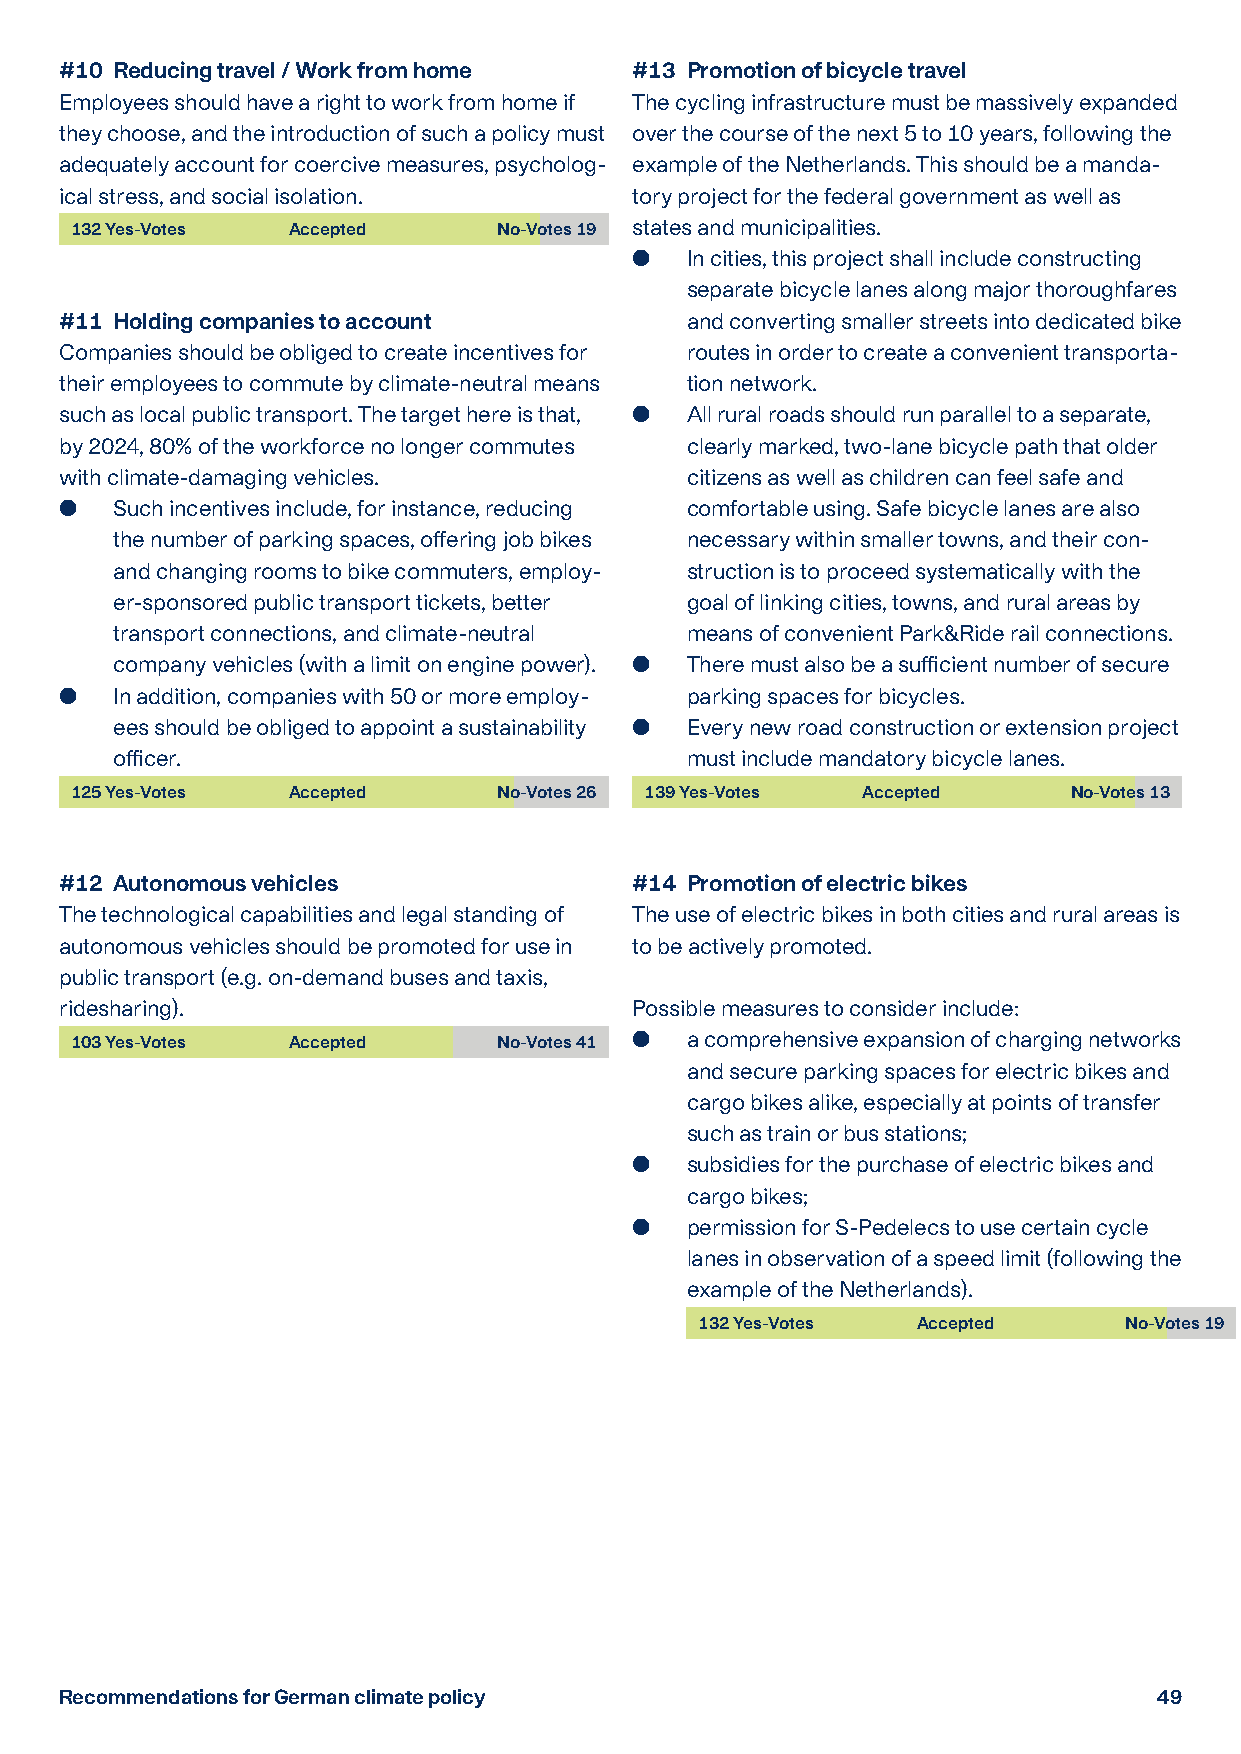
#10 Reducing travel / Work from home  #13 Promotion of bicycle travel
 Employees should have a right to work from home if The cycling infrastructure must be massively expanded
 they choose, and the introduction of such a policy must over the course of the next 5 to 10 years, following the
 adequately account for coercive measures, psycholog- example of the Netherlands. This should be a manda-
 ical stress, and social isolation.    tory project for the federal government as well as
 132 Yes-Votes Accepted      No-Votes 19 states and municipalities.
   I n cities, this project shall include constructing
 separate bicycle lanes along major thoroughfares
 #11 Holding companies to account         and converting smaller streets into dedicated bike
 Companies should be obliged to create incentives for routes in order to create a convenient transporta-
 their employees to commute by climate-neutral means tion network.
 such as local public transport. The target here is that,  A ll rural roads should run parallel to a separate,
 by 2024, 80% of the workforce no longer commutes clearly marked, two-lane bicycle path that older
 with climate-damaging vehicles.          citizens as well as children can feel safe and
   S uch incentives include, for instance, reducing comfortable using. Safe bicycle lanes are also
 the number of parking spaces, offering job bikes necessary within smaller towns, and their con-
 and changing rooms to bike commuters, employ- struction is to proceed systematically with the
 er-sponsored public transport tickets, better goal of linking cities, towns, and rural areas by
 transport connections, and climate-neutral means of convenient Park&Ride rail connections.
 company vehicles (with a limit on engine power).  T here must also be a sufficient number of secure
   I n addition, companies with 50 or more employ- parking spaces for bicycles.
 ees should be obliged to appoint a sustainability  E very new road construction or extension project
 officer.                              must include mandatory bicycle lanes.
 125 Yes-Votes AAcccceepptteedd No-Votes 26 139 Yes-Votes Accepted No-Votes 13
 #12 Autonomous vehicles               #14 Promotion of electric bikes
 The technological capabilities and legal standing of The use of electric bikes in both cities and rural areas is
 autonomous vehicles should be promoted for use in to be actively promoted.
 public transport (e.g. on-demand buses and taxis,
 ridesharing).                         Possible measures to consider include:
 103 Yes-Votes Accepted      No-Votes 41  a comprehensive expansion of charging networks
 and secure parking spaces for electric bikes and
 cargo bikes alike, especially at points of transfer
 such as train or bus stations;
   s ubsidies for the purchase of electric bikes and
 cargo bikes;
   p ermission for S-Pedelecs to use certain cycle
 lanes in observation of a speed limit (following the
 example of the Netherlands).
 132 Yes-Votes  Accepted     No-Votes 19
 Recommendations for German climate policy                                49